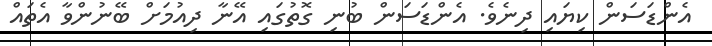
އެންޑަސަން ކިޔައި ދިނެވެ. އެންޑަސަން ބުނި ގޮތުގައި އޭނާ ދިއުމަށް ބޭނުންވާ އެތައް